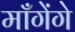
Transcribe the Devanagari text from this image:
माँगेंगे